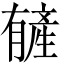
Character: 𬂑